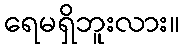
ရေမရှိဘူးလား။